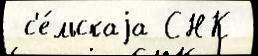
 с'е́льскаjа СНК